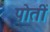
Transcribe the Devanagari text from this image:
पोतीं